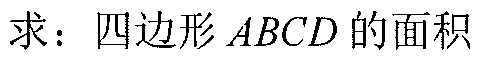
求：四边形\(ABCD\)的面积